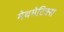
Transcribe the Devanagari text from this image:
मेथमेटिक्स